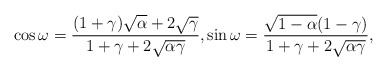
\begin{align*}\cos\omega=\frac{(1+\gamma)\sqrt{\alpha}+2\sqrt{\gamma}}{1+\gamma+2\sqrt{\alpha\gamma}},\sin\omega= \frac{\sqrt{1-\alpha}(1-\gamma)}{1+\gamma+2\sqrt{\alpha\gamma}},\end{align*}